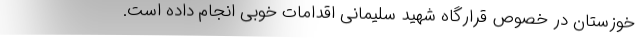
خوزستان در خصوص قرارگاه شهید سلیمانی اقدامات خوبی انجام داده است.